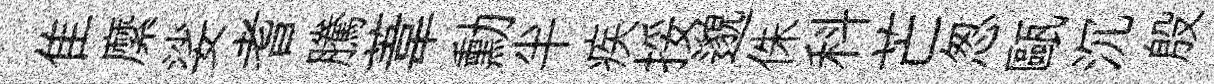
隹縻娑耆騰葦勳半疾挼邈侏科芒怱甌沉殷